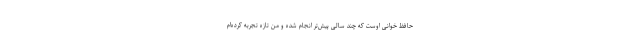
حافظ خوانی اوست که چند سالی پیش‌تر انجام شده و من تازه تجربه کرده‌ام